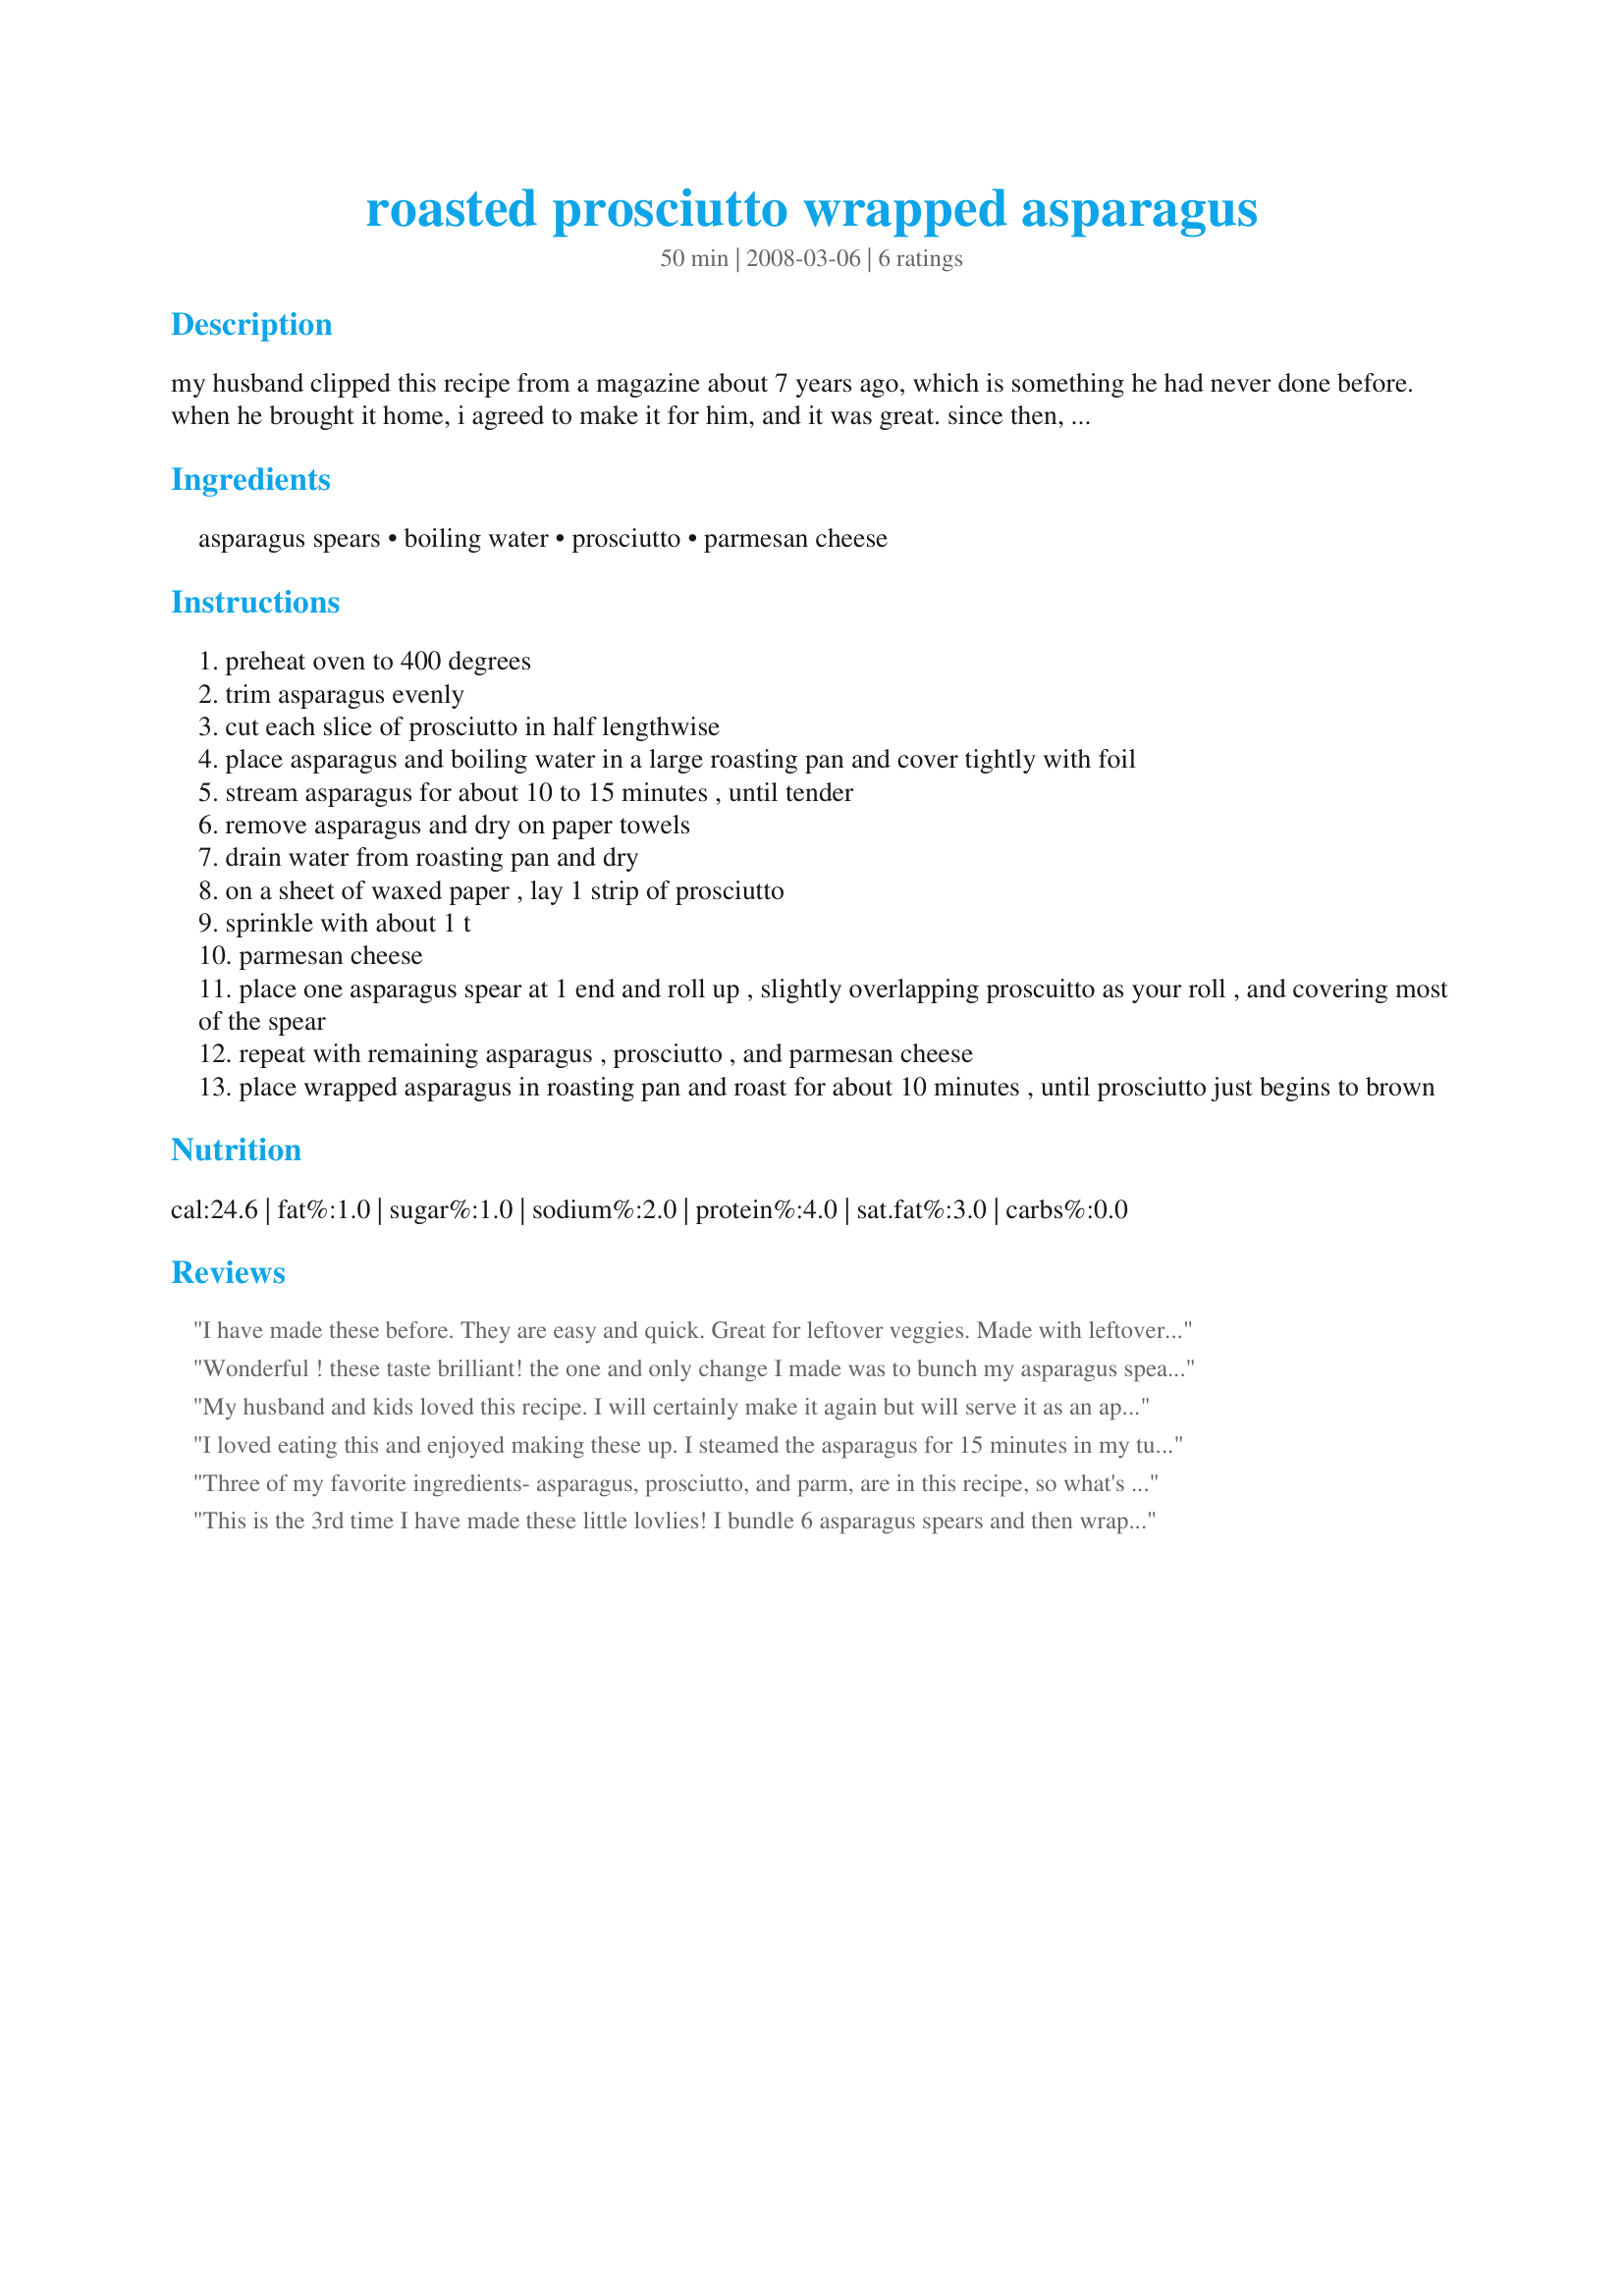
roasted prosciutto wrapped asparagus
Preparation time: 50 minutes

my husband clipped this recipe from a magazine about 7 years ago, which is something he had never done before. when he brought it home, i agreed to make it for him, and it was great. since then, i have served it as a first course at many holiday meals. you can also serve it as an hors d'oeuvres.

Ingredients:
asparagus spears, boiling water, prosciutto, parmesan cheese

Steps:
preheat oven to 400 degrees
trim asparagus evenly
cut each slice of prosciutto in half lengthwise
place asparagus and boiling water in a large roasting pan and cover tightly with foil
stream asparagus for about 10 to 15 minutes , until tender
remove asparagus and dry on paper towels
drain water from roasting pan and dry
on a sheet of waxed paper , lay 1 strip of prosciutto
sprinkle with about 1 t
parmesan cheese
place one asparagus spear at 1 end and roll up , slightly overlapping proscuitto as your roll , and covering most of the spear
repeat with remaining asparagus , prosciutto , and parmesan cheese
place wrapped asparagus in roasting pan and roast for about 10 minutes , until prosciutto just begins to brown

Reviews:
I have made these before. They are easy and quick. Great for leftover veggies. Made with leftover Recipe #230902 cut back on the cheese to just a very light sprinkle.
Wonderful ! these taste brilliant! the one and only change I made was to bunch my asparagus spears into three's since I didn't have enough prosciutto to wrap them individually. The cheese on the inside of the prosciutto melted and held them together well, so serving them wasn't a probem. Please see my rating System: 4 wonderful stars or a very tasty recipe indeed. Made for Zaar World Tour 2008. Thanks!
My husband and kids loved this recipe. I will certainly make it again but will serve it as an appetizer and not as a side. The flavor is unreal and this is super easy to make. My 12 year old helped me wrap and my 5 year old sprinkled the cheese.
I loved eating this and enjoyed making these up. I steamed the asparagus for 15 minutes in my turbo cooker. While they were cooling on papertowels I had 3 oz of prosciutto ham, cut it in 4 lengthwise strips to wrap the asparagus. The parmesan cheese was a little messy, but it really was fun to make. Cooked in the oven for 12 minutes. My Dad was visiting me and he must have enjoyed too, I think he had 3 helpings! This will be made again. Thanks, JackieOhNo! for posting this recipe.
Three of my favorite ingredients- asparagus, prosciutto, and parm, are in this recipe, so what's not to like? The ham crisps up nicely, giving some crunch, while the cheese helps it adhere to the asparagus. I wouldn't serve this with a very salty main dish, but otherwise, outstanding! I cheated a bit and precooked the asparagus in the microwave instead of boiling; but otherwise followed the recipe as written. I'll definitely make this again!
This is the 3rd time I have made these little lovlies! I bundle 6 asparagus spears and then wrap each bundle with the proscuitto. Perfect serving sized bundles :) I only steam them for a couple of minutes before putting them in to the oven as we prefer them on the slightly crisp side. When I served these for one of the many Christmas dinners I made both ladies asked for the recipe. My favorite way of doing asparagus now!
